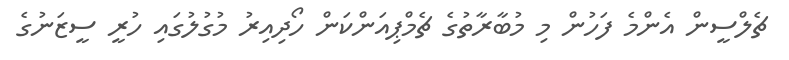
ޗެލްސީން އެންމެ ފަހުން މި މުބާރާތުގެ ޗެމްޕިއަންކަން ހޯދިއިރު މުގުލުގައި ހުރީ ސީޒަނުގެ